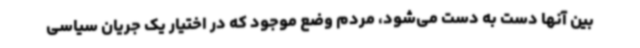
بین آنها دست به دست می‌شود، مردم وضع موجود که در اختیار یک جریان سیاسی